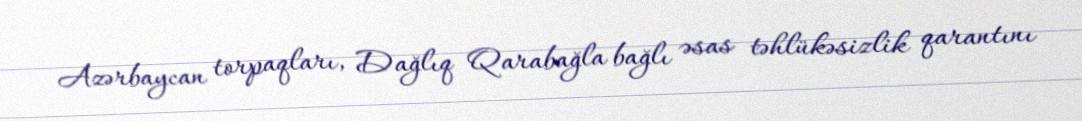
Azərbaycan torpaqları, Dağlıq Qarabağla bağlı əsas təhlükəsizlik qarantını